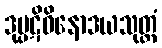
ဒုပ္ပဋိဝိနောဒယသုတ္တံ